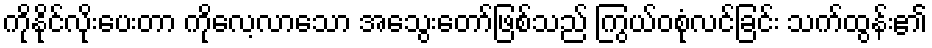
ကိုနိုင်လိုးပေးတာ ကိုလေ့လာသော အသွေးတော်ဖြစ်သည် ကြွယ်ဝစုံလင်ခြင်း သက်ထွန်း၏